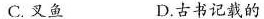
C.叉鱼 D.古书记载的